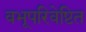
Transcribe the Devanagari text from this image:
वभूपरिवेष्टित